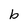
Character: b